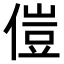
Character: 𫣅